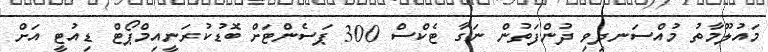
މައުލޫމާތު މުއްސަނދިވި ދުންފަތުން ނަގާ ޓެކްސް 300 ޕަސެންޓަށް ބޮޑުކުރަނީއިމްޕޯޓް ޑިއުޓީ އަށް